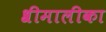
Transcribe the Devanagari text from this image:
श्रीमालीका